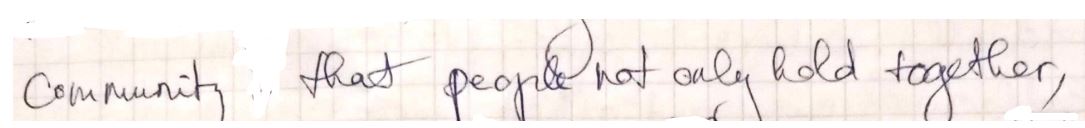
community that people not only hold together,